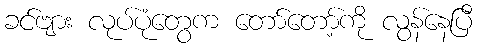
ခင်ဗျား လုပ်ပုံတွေက တော်တော့်ကို လွန်နေပြီ